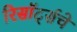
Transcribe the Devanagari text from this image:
रिसॉर्ट्सचे